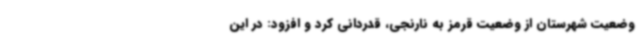
وضعیت شهرستان از وضعیت قرمز به نارنجی، قدردانی کرد و افزود: در این